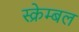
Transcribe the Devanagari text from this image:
स्क्रेम्बल